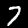
Label: 7